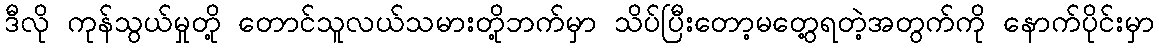
ဒီလို ကုန်သွယ်မှုတို့ တောင်သူလယ်သမားတို့ဘက်မှာ သိပ်ပြီးတော့မတွေ့ရတဲ့အတွက်ကို နောက်ပိုင်းမှာ